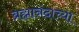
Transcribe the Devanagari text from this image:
ब्रह्मानंदाच्या